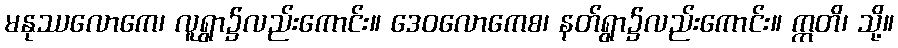
မနုဿလောကေ၊ လူရွာ၌လည်းကောင်း။ ဒေဝလောကေစ၊ နတ်ရွာ၌လည်းကောင်း။ ဣတိ၊ သို့။